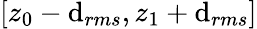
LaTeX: [z_{0}-\mathrm{d}_{rms},z_{1}+\mathrm{d}_{rms}]